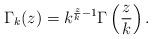
LaTeX: \begin{align*}\Gamma_k(z)=k^{\frac{z}{k}-1}\Gamma\left(\frac{z}{k}\right).\end{align*}